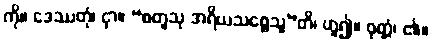
ကို။ ဒေဿတုံ၊ ငှာ။ “စတူသု အရိယသစ္စေသူ”တိ၊ ဟူ၍။ ဝုတ္တံ၊ ၏။